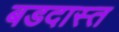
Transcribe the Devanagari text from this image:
बडदास्त